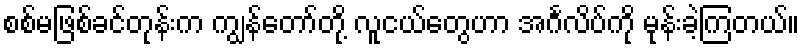
စစ်မဖြစ်ခင်တုန်းက ကျွန်တော်တို့ လူငယ်တွေဟာ အင်္ဂလိပ်ကို မုန်းခဲ့ကြတယ်။